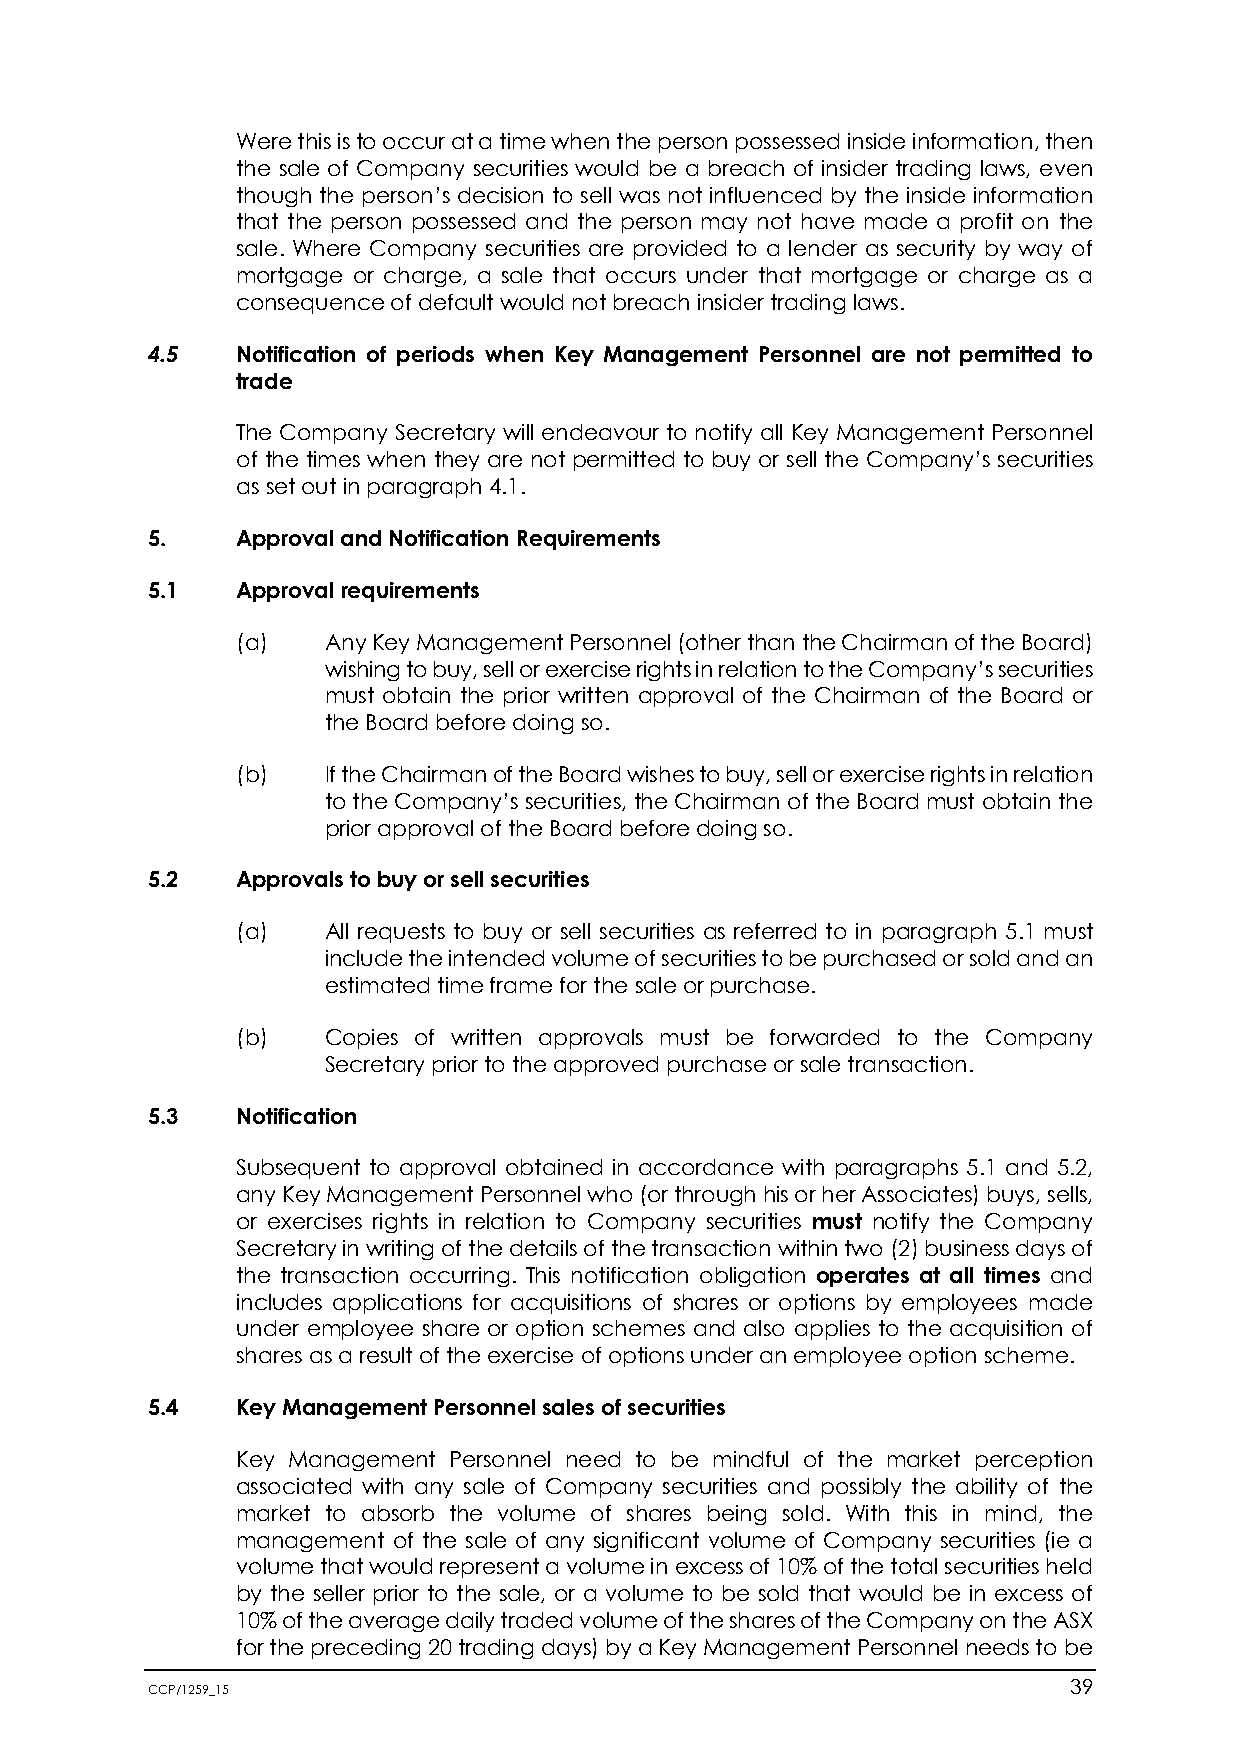
Were this is to occur at a time when the person possessed inside information, then
 the sale of Company securities would be a breach of insider trading laws, even
 though the person’s decision to sell was not influenced by the inside information
 that the person possessed and the person may not have made a profit on the
 sale. Where Company securities are provided to a lender as security by way of
 mortgage or charge, a sale that occurs under that mortgage or charge as a
 consequence of default would not breach insider trading laws.
 4.5   Notification of periods when Key Management Personnel are not permitted to
 trade
 The Company Secretary will endeavour to notify all Key Management Personnel
 of the times when they are not permitted to buy or sell the Company’s securities
 as set out in paragraph 4.1.
 5.    Approval and Notification Requirements
 5.1   Approval requirements
 (a)   Any Key Management Personnel (other than the Chairman of the Board)
 wishing to buy, sell or exercise rights in relation to the Company’s securities
 must obtain the prior written approval of the Chairman of the Board or
 the Board before doing so.
 (b)   If the Chairman of the Board wishes to buy, sell or exercise rights in relation
 to the Company’s securities, the Chairman of the Board must obtain the
 prior approval of the Board before doing so.
 5.2   Approvals to buy or sell securities
 (a)   All requests to buy or sell securities as referred to in paragraph 5.1 must
 include the intended volume of securities to be purchased or sold and an
 estimated time frame for the sale or purchase.
 (b)   Copies of written approvals must be forwarded to the Company
 Secretary prior to the approved purchase or sale transaction.
 5.3   Notification
 Subsequent to approval obtained in accordance with paragraphs 5.1 and 5.2,
 any Key Management Personnel who (or through his or her Associates) buys, sells,
 or exercises rights in relation to Company securities must notify the Company
 Secretary in writing of the details of the transaction within two (2) business days of
 the transaction occurring. This notification obligation operates at all times and
 includes applications for acquisitions of shares or options by employees made
 under employee share or option schemes and also applies to the acquisition of
 shares as a result of the exercise of options under an employee option scheme.
 5.4   Key Management Personnel sales of securities
 Key Management Personnel need to be mindful of the market perception
 associated with any sale of Company securities and possibly the ability of the
 market to absorb the volume of shares being sold. With this in mind, the
 management of the sale of any significant volume of Company securities (ie a
 volume that would represent a volume in excess of 10% of the total securities held
 by the seller prior to the sale, or a volume to be sold that would be in excess of
 10% of the average daily traded volume of the shares of the Company on the ASX
 for the preceding 20 trading days) by a Key Management Personnel needs to be
 CCP/1259_15                                                  39